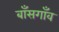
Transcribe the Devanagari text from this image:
बाँसगाँव